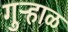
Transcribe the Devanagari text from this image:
गुऱ्हाळ